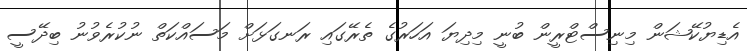
އެޑިޔުކޭޝަން މިނިސްޓްރީން ބުނީ މިދިޔަ އަހަރުގެ ތެރޭގައި ރަނގަޅަށް މަސައްކަތް ނުކުރެވުނު ބިދޭސީ